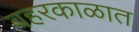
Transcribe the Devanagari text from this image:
बहरकाळात